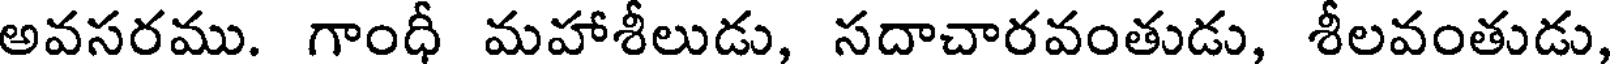
అవసరము. గాంధీ మహాశీలుడు, సదాచారవంతుడు, శీలవంతుడు,